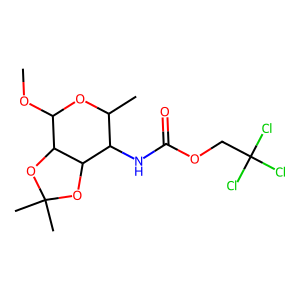
SMILES: COC1OC(C)C(NC(=O)OCC(Cl)(Cl)Cl)C2OC(C)(C)OC12
Inhibits HIV replication: No